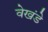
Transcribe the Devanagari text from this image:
वेखंडे